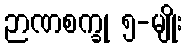
ဉာဏစက္ခု ၅-မျိုး